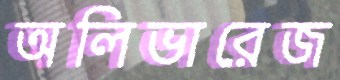
অলিভারেজ